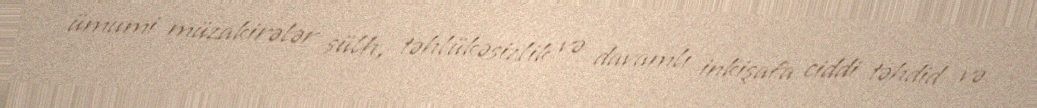
ümumi müzakirələr sülh, təhlükəsizlik və davamlı inkişafa ciddi təhdid və